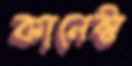
কানেক্ট